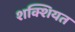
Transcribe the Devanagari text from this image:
शक्शियत